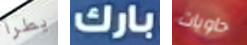
يطرأ بارك حاويات